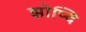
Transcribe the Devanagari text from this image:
झोप्दि